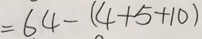
= 6 4 - ( 4 + 5 + 1 0 )